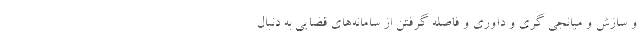
و سازش و میانجی گری و داوری و فاصله گرفتن از سامانه‌های قضایی به دنبال